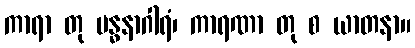
ကာရာ တု ဗန္ဓနာဂါရံ၊ ကာရဏာ တု စ ယာတနာ။